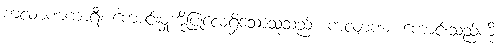
ကလျာဏကာရီ၊ ကောင်းမှုကိုပြုလေ့ရှိသောသူသည်။ ကလျာဏံ၊ ကောင်းသည်ကို။